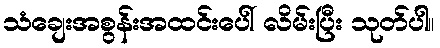
သံချေးအစွန်းအထင်းပေါ် လိမ်းပြီး သုတ်ပါ။